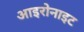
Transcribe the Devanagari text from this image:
आइरोनाइट